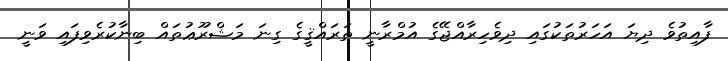
ފާއިތުވެ ދިޔަ އަހަރުތަކުގައި ދިވެހިރާއްޖޭގެ އުމްރާނީ ތަރައްޤީގެ ގިނަ މަޝްރޫޢުތައް ބިނާކުރެވިފައި ވަނީ